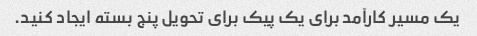
یک مسیر کارآمد برای یک پیک برای تحویل پنج بسته ایجاد کنید.